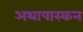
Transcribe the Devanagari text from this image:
अथापास्कन